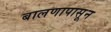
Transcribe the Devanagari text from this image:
बालणापासून